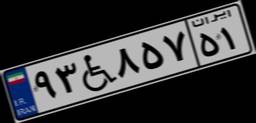
۳۵W۷۲۳۸۹